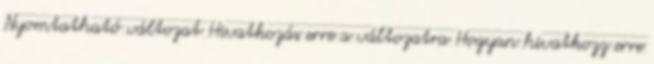
Nyomtatható változat Hivatkozás erre a változatra Hogyan hivatkozz erre